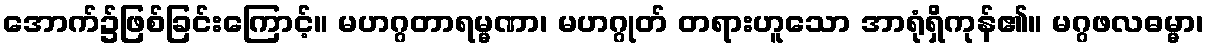
အောက်၌ဖြစ်ခြင်းကြောင့်။ မဟဂ္ဂတာရမ္မဏာ၊ မဟဂ္ဂုတ် တရားဟူသော အာရုံရှိကုန်၏။ မဂ္ဂဖလဓမ္မာ၊